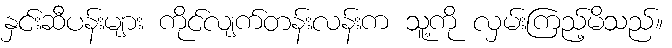
နှင်းဆီပန်းများ ကိုင်လျက်တန်းလန်းက သူ့ကို လှမ်းကြည့်မိသည်။